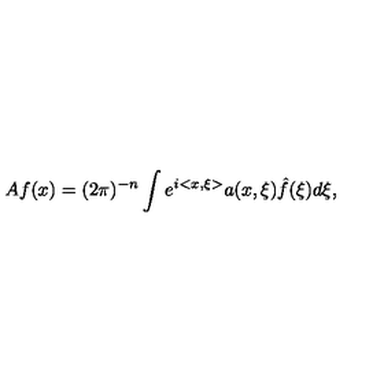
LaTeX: A f ( x ) = ( 2 \pi ) ^ { - n } \int e ^ { i < x , \xi > } a ( x , \xi ) \hat { f } ( \xi ) d \xi ,